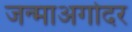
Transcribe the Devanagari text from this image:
जन्माअगोदर